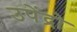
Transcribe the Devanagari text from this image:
उपेंद्रो